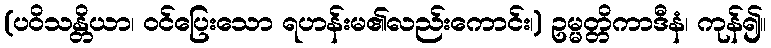
(ပဝိသန္တိယာ၊ ဝင်ပြေးသော ရဟန်းမ၏လည်းကောင်း၊) ဥမ္မတ္တိကာဒီနံ၊ ကုန်၍။